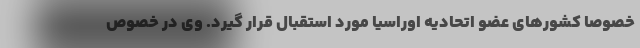
خصوصاً کشورهای عضو اتحادیه اوراسیا مورد استقبال قرار گیرد. وی در خصوص